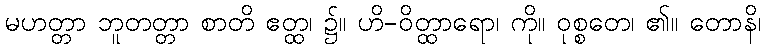
မဟတ္တာ ဘူတတ္တာ စာတိ ဧတ္ထ၊ ၌။ ဟိ-ဝိတ္ထာရော၊ ကို။ ဝုစ္စတေ၊ ၏။ တောနိ၊